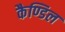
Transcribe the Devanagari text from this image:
कैण्डिल